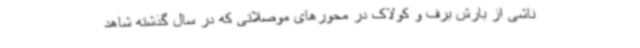
ناشی از بارش برف و کولاک در محورهای موصلاتی که در سال گذشته شاهد